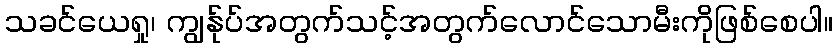
သခင်ယေရှု၊ ကျွန်ုပ်အတွက်သင့်အတွက်လောင်သောမီးကိုဖြစ်စေပါ။